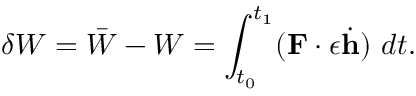
\delta W = { \bar { W } } - W = \int _ { t _ { 0 } } ^ { t _ { 1 } } ( \mathbf { F } \cdot \epsilon { \dot { \mathbf { h } } } ) ~ d t .